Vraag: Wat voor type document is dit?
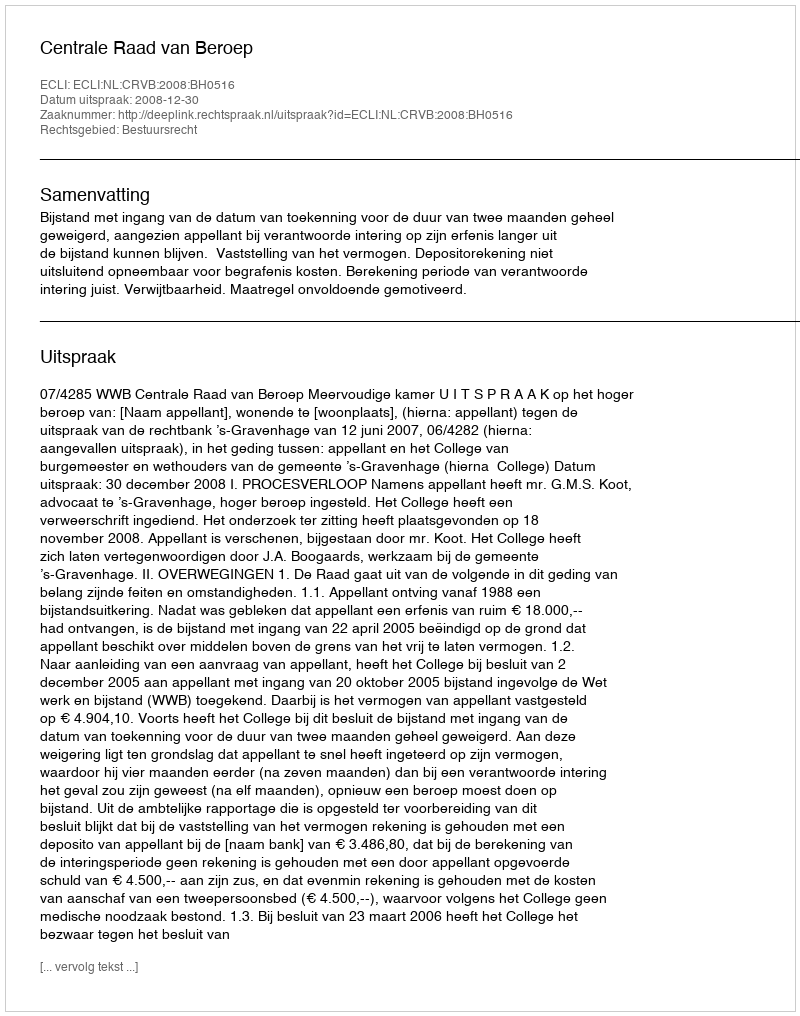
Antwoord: Uitspraak